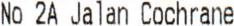
NO 2A JALAN COCHRANE